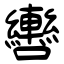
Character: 轡